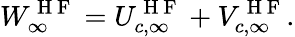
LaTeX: W_{\infty}^{\mathrm{~H~F~}}=U_{c,\infty}^{\mathrm{~H~F~}}+V_{c,\infty}^{\mathrm{~H~F~}}.